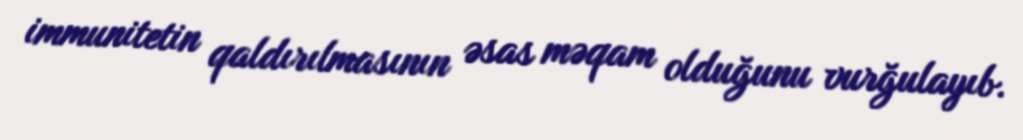
immunitetin qaldırılmasının əsas məqam olduğunu vurğulayıb.